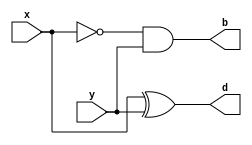
`timescale 1ns / 1ps

module half_subtractor(
       input x,
       input y,
       output d,
       output b
    );
    assign d = x^y;
    assign b = (~x)&y;
endmodule